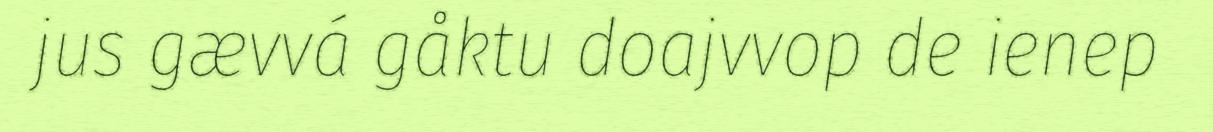
jus gævvá gåktu doajvvop de ienep